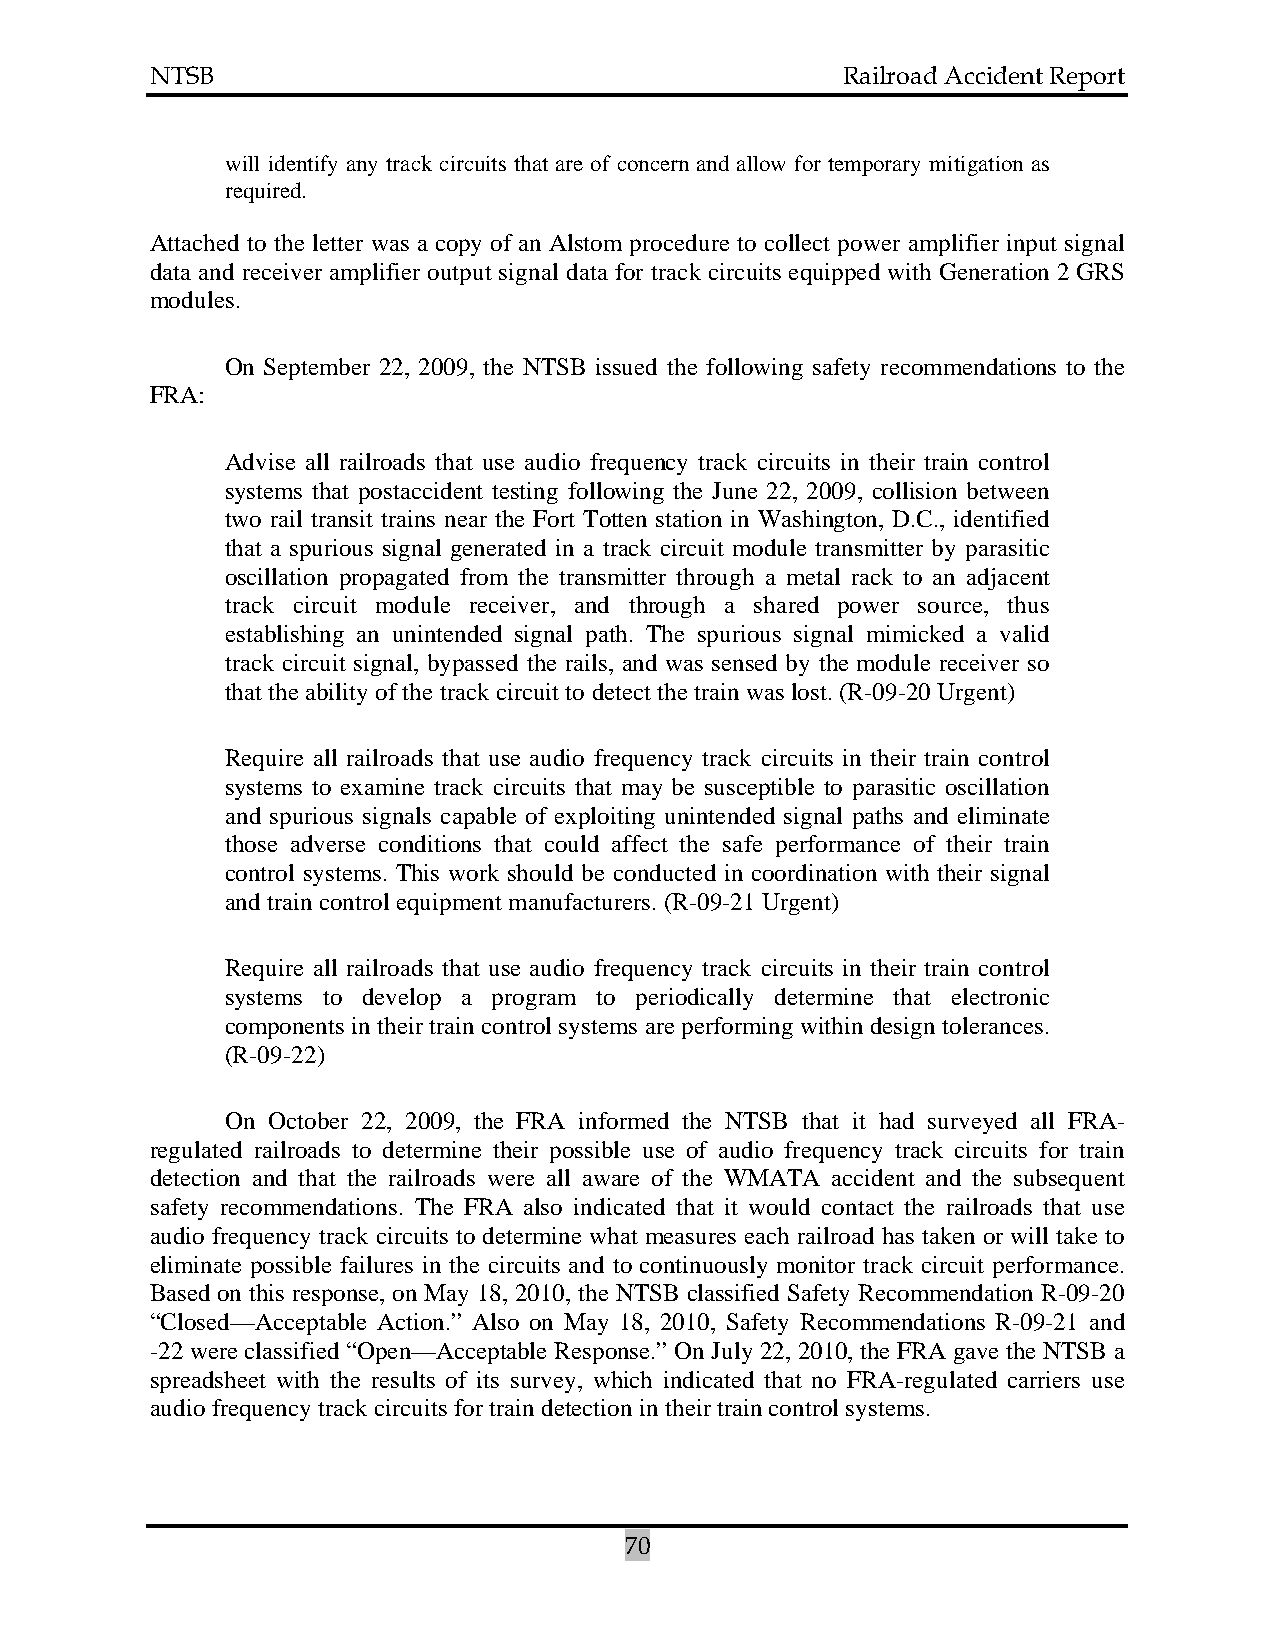
NTSB                                          Railroad Accident Report
 will identify any track circuits that are of concern and allow for temporary mitigation as
 required.
 Attached to the letter was a copy of an Alstom procedure to collect power amplifier input signal
 data and receiver amplifier output signal data for track circuits equipped with Generation 2 GRS
 modules.
 On September 22, 2009, the NTSB issued the following safety recommendations to the
 FRA:
 Advise all railroads that use audio frequency track circuits in their train control
 systems that postaccident testing following the June 22, 2009, collision between
 two rail transit trains near the Fort Totten station in Washington, D.C., identified
 that a spurious signal generated in a track circuit module transmitter by parasitic
 oscillation propagated from the transmitter through a metal rack to an adjacent
 track circuit module receiver, and through a shared power source, thus
 establishing an unintended signal path. The spurious signal mimicked a valid
 track circuit signal, bypassed the rails, and was sensed by the module receiver so
 that the ability of the track circuit to detect the train was lost. (R-09-20 Urgent)
 Require all railroads that use audio frequency track circuits in their train control
 systems to examine track circuits that may be susceptible to parasitic oscillation
 and spurious signals capable of exploiting unintended signal paths and eliminate
 those adverse conditions that could affect the safe performance of their train
 control systems. This work should be conducted in coordination with their signal
 and train control equipment manufacturers. (R-09-21 Urgent)
 Require all railroads that use audio frequency track circuits in their train control
 systems to develop a program to periodically determine that electronic
 components in their train control systems are performing within design tolerances.
 (R-09-22)
 On October 22, 2009, the FRA informed the NTSB that it had surveyed all FRA-
 regulated railroads to determine their possible use of audio frequency track circuits for train
 detection and that the railroads were all aware of the WMATA accident and the subsequent
 safety recommendations. The FRA also indicated that it would contact the railroads that use
 audio frequency track circuits to determine what measures each railroad has taken or will take to
 eliminate possible failures in the circuits and to continuously monitor track circuit performance.
 Based on this response, on May 18, 2010, the NTSB classified Safety Recommendation R-09-20
 “Closed—Acceptable Action.” Also on May 18, 2010, Safety Recommendations R-09-21 and
 -22 were classified “Open—Acceptable Response.” On July 22, 2010, the FRA gave the NTSB a
 spreadsheet with the results of its survey, which indicated that no FRA-regulated carriers use
 audio frequency track circuits for train detection in their train control systems.
 70